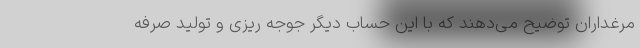
مرغداران توضیح می‌دهند که با این حساب دیگر جوجه ریزی و تولید صرفه